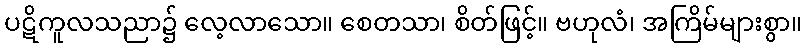
ပဋိကူလသညာ၌ လေ့လာသော။ စေတသာ၊ စိတ်ဖြင့်။ ဗဟုလံ၊ အကြိမ်များစွာ။